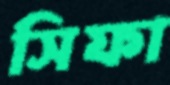
সিফা